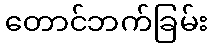
တောင်ဘက်ခြမ်း